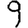
Digit: 9